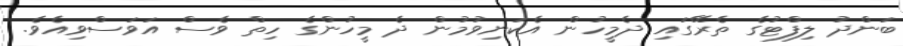
ބަންދު ލިފްޓުގެ ތެރޭގައި ދެމީހުން އެކަނިވުމުން ދެ މީހުންގެ ހިތް ވެސް އަވަސްވިއެވެ.